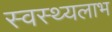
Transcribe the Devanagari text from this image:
स्वस्थ्यलाभ